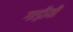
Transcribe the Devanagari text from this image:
गाड़ीयों